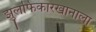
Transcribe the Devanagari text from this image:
झुलफिकारखानाला